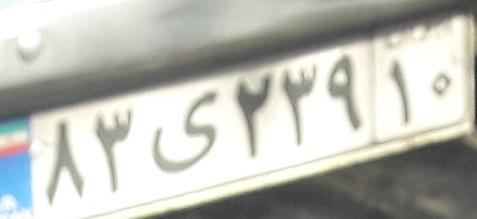
۸۳ی۲۳۹۱۰